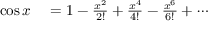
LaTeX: \begin{array} { r l } { \cos x } & { { } = 1 - { \frac { x ^ { 2 } } { 2 ! } } + { \frac { x ^ { 4 } } { 4 ! } } - { \frac { x ^ { 6 } } { 6 ! } } + \cdots } \end{array}